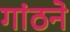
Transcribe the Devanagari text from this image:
गांठने